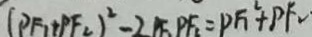
( P F _ { 1 } + P F _ { 2 } ) ^ { 2 } - 2 P F _ { 1 } P F _ { 2 } = P F _ { 1 } ^ { 2 } + P F _ { 2 } .